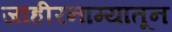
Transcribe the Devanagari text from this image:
जाहीरनाम्यातून